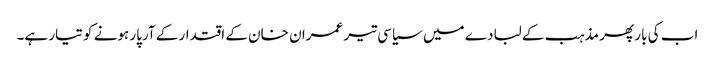
اب کی بار پھر مذہب کے لبادے میں سیاسی تیر عمران خان کے اقتدار کے آرپار ہونے کو تیار ہے۔